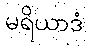
မရိယာဒံ